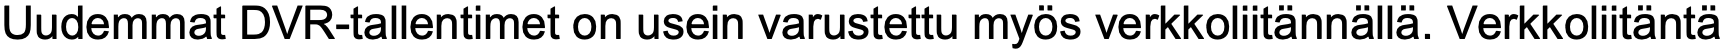
Uudemmat DVR-tallentimet on usein varustettu myös verkkoliitännällä. Verkkoliitäntä